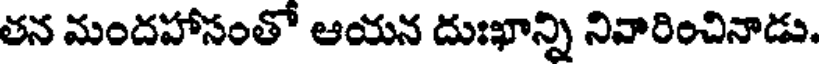
తన మందహాసంతో ఆయన దుఃఖాన్ని నివారించినాడు.